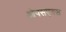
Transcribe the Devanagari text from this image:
ओपसएक्स